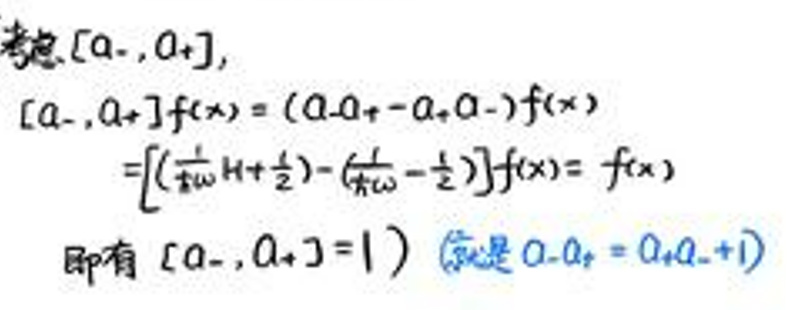
考虑\([a_-, a_+]\)，

\[
[a_-, a_+]f(x)=(a_+-a_-)f(x)
\]

\[
=\left[\left(\frac{\pi}{2}H+\frac{1}{2}\right)-\left(\frac{\pi}{2}H-\frac{1}{2}\right)\right]f(x)=f(x)
\]

即有\([a_-, a_+]=1\)（这里是\(a_+-a_- = a_+a_-+1\)）